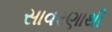
સાવરણાથી